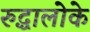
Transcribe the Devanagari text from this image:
रुद्धालोके